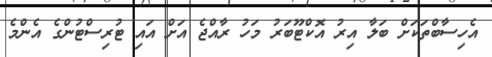
އެހިސާބްތަކަށް ބަލާ އިރު އޮކްޓޫބަރު މަހު ރާއްޖެ އަށް އައި ޓުރިސްޓުންގެ އެންމެ